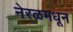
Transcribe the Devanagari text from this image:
नेरळमधून